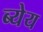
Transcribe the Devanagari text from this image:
ब्येय